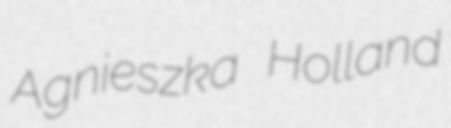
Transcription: Agnieszka Holland